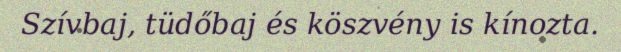
Szívbaj, tüdőbaj és köszvény is kínozta.